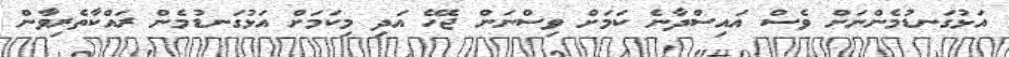
އަޅުގަނޑުމެންނަށް ވެސް އައިސްދާނެ ކަމަށް ވިސްނަން ޖެހޭ އަދި މިކަމަށް އަޅުގަނޑުމެން ރައްކާތެރިވާން